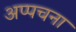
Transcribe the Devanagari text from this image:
अप्पचना